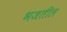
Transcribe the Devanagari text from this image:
भजतील